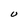
Character: U